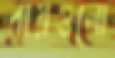
রায়গুলো